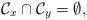
LaTeX: \begin{align*}\mathcal C_{x} \cap \mathcal C_{y} = \emptyset,\end{align*}